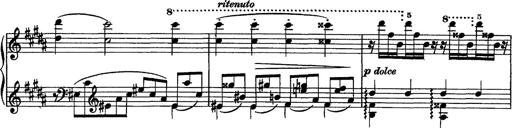
Title: Piano Sonata
Composer: Karl HÃ¤ssler
Key: C major